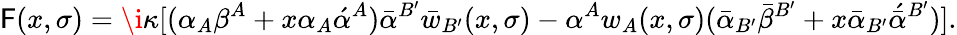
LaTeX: \mathsf{F}(x,\sigma)=\i\kappa[(\alpha_{A}\beta^{A}+x\alpha_{A}\acute{{\alpha}}^{A})\bar{{\alpha}}^{B^{\prime}}\bar{{w}}_{B^{\prime}}(x,\sigma)-\alpha^{A}w_{A}(x,\sigma)(\bar{{\alpha}}_{B^{\prime}}\bar{{\beta}}^{B^{\prime}}+x\bar{{\alpha}}_{B^{\prime}}\acute{{\bar{{\alpha}}}}^{B^{\prime}})].